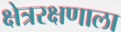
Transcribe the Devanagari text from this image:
क्षेत्ररक्षणाला